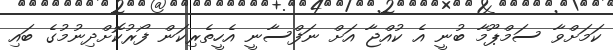
ކަމަށްވާ ސަމްޕޫމާ ބުނީ އެ ކުއްޖާ އަށް ނަފްސާނީ އެހީތެރިކަން ފޯރުކޮށްދިނުމުގެ ބައި